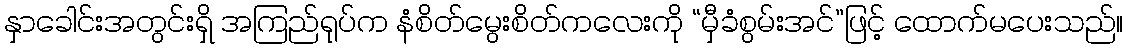
နှာခေါင်းအတွင်းရှိ အကြည်ရုပ်က နံစိတ်မွေးစိတ်ကလေးကို “မှီခံစွမ်းအင်”ဖြင့် ထောက်မပေးသည်။